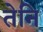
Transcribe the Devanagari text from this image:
तेनि